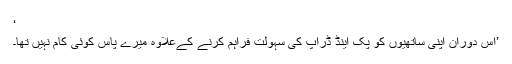
‘
’اس دوران اپنی ساتھیوں کو پک اینڈ ڈراپ کی سہولت فراہم کرنے کےعلاوہ میرے پاس کوئی کام نہیں تھا۔